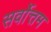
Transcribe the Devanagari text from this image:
सर्वाेत्तम